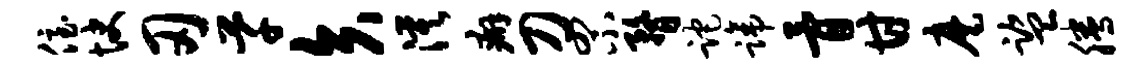
侄快刃芊矢漠癖刀罘瞀跎蹄骨甘麾监腾